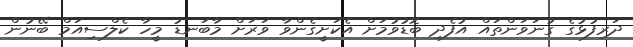
ދަރިފުޅުގެ ގުނަވަންތައް އުފެދި ބޮޑުވުމަށް އެކަށީގެންވާ ވަރަށް މާބަނޑު މީހާ ކެެލްސިއަމް ބޭނުން